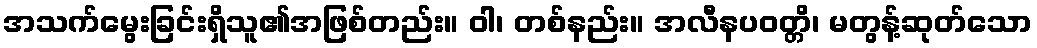
အသက်မွေးခြင်းရှိသူ၏အဖြစ်တည်း။ ဝါ၊ တစ်နည်း။ အလီနပဝတ္တိ၊ မတွန့်ဆုတ်သော